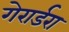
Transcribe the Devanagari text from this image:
गेरार्डरा